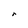
Character: r